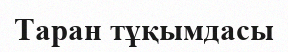
Таран тұқымдасы